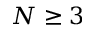
N \geq 3